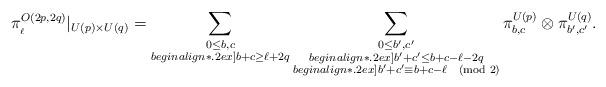
LaTeX: \begin{align*} \pi^{O(2p,2q)}_{_\ell}|_{U(p)\times U(q)} = \sum_{\substack{0\le b,c \\begin{align*}.2ex] b+c \ge \ell+2q}} \sum_{\substack{0\le b',c' \\begin{align*}.2ex] b'+c' \le b+c -\ell-2q \\begin{align*}.2ex] b'+c' \equiv b+c-\ell \pmod{2}}}\pi^{U(p)}_{b,c}\otimes \pi^{U(q)}_{b',c'}.\end{align*}